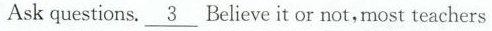
Ask questions.\underline{3} Believe it or not, most teachers